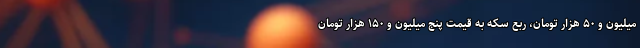
میلیون و ۵۰ هزار تومان، ربع سکه به قیمت پنج میلیون و ۱۵۰ هزار تومان